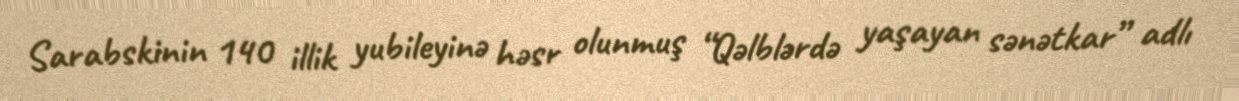
Sarabskinin 140 illik yubileyinə həsr olunmuş “Qəlblərdə yaşayan sənətkar” adlı